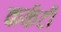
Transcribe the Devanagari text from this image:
कर्कटी